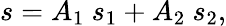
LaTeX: s=A_{1}\ s_{1}+A_{2}\ s_{2},